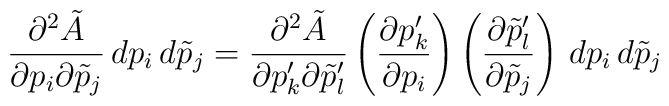
\frac{\partial^{2} \tilde{A}}{\partial p_{i} \partial \tilde{p}_{j}}  \, dp_{i} \,   d\tilde{p}_{j} = \frac{\partial^{2} \tilde{A}}{\partial p_{k}' \partial    \tilde{p}_{l}'} \left( \frac{\partial p_{k}'}{\partial p_{i}}  \right) \left(   \frac{\partial \tilde{p}_{l}'}{\partial \tilde{p}_{j}} \right) \,  dp_{i} \, d\tilde{p}_{j}